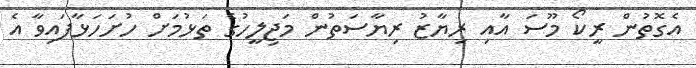
އެގޮތުން ރީކޯ މޫސަ އާއި ރިޔާޒު ރިޔާސަތުން މަޖިލީހުގެ ތަޅުމަށް ހުށަހަޅާފައިވާ އެ